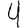
Digit: 4